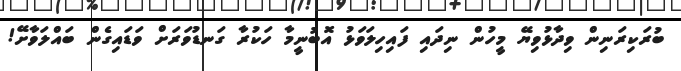
ބުރަކިރަނިން ވިދާޅުވިޔޭ މީހުން ނިދައި ފައިހިލަވަޅު އޮބުނީމާ ހަކުރާ ގަނޑުވަރަށް ވަޑައިގެން ބައްލަވާށޭ!